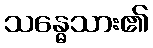
သန္ဓေသား၏